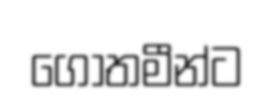
ගෝතමීන්ට